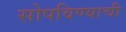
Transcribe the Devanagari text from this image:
सोपविण्याची